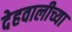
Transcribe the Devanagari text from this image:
देहवालीच्या